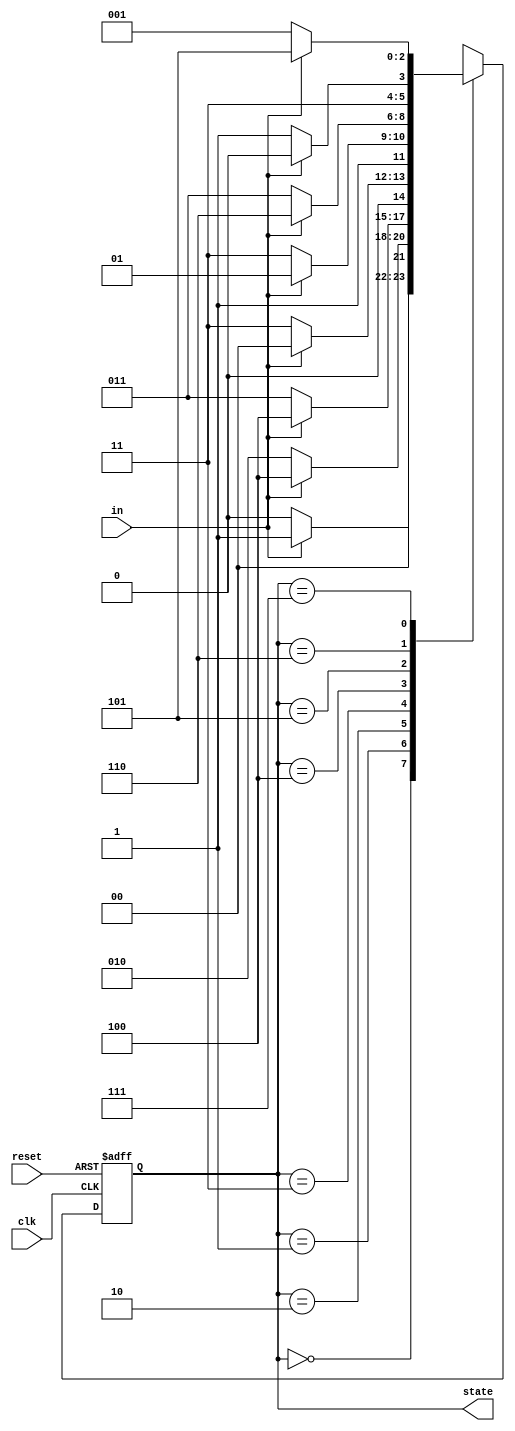
module nasa_rover_stata ( state,in,reset,clk );

output [2:0] state;
input in,reset,clk;

reg [2:0]state, next;

parameter killian = 3'b000;
parameter kresge = 3'b001;
parameter zcenter = 3'b010;
parameter sydpac = 3'b011;
parameter studentcenter = 3'b100;
parameter building34 = 3'b101;
parameter lab_6 = 3'b110;
parameter statacenter = 3'b111;

always @ (posedge clk or negedge reset)
if (!reset)
	state <= killian;
else
	state <= next; 

always @ ( state or in	)begin : state_transitions
	
 case (state)
	killian : if (in) next = kresge;
		  	else next = killian;

	kresge : if (in) next = studentcenter;
			else next = zcenter;

	zcenter : if (in) next = studentcenter;
		 	else next = sydpac;

	sydpac : if (in) next = killian;
	 		else next = sydpac;

	studentcenter : if (in) next = building34;
				else next = statacenter;

	building34 : if (in) next = lab_6;
				else next = sydpac;

	lab_6 : if (in) next = lab_6;
			else next = statacenter;

	statacenter : if (in) next = building34;
			else next = kresge; 	
	default : next = killian;
 endcase
end

endmodule 


module nasa_rover_stimulus ();

wire [2:0] state;
reg in, clk, reset;

nasa_rover_stata nasa1( state,in,reset,clk );

initial
begin : reseting
	clk = 0;
	reset = 1;
	#2 reset = 0;
	#2 reset = 1;
end

initial
begin : inputs
	#5 in =0;
	#10 in = 1;
	#10 in =0;
	#10 in =1;
	repeat (10) #10 in = in +1;
end
always 
	#5 clk = ~clk;

initial
	$monitor ("input--%b---->current_location--%d",in,state);

endmodule